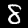
Digit: 8